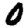
Digit: 0